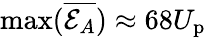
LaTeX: \operatorname*{max}(\overline{{\mathcal{E}_{A}}})\approx 68U_{\mathrm{p}}